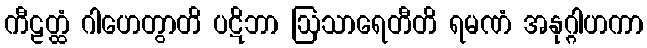
ကီဠတ္ထံ ဂါဟေတွာတိ ပဋိဘာ ဩသာရေတီတိ ရမဏံ အနုဂ္ဂါဟကာ